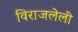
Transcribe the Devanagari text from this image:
विराजलेली